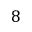
8